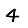
Digit: 4